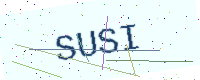
Text: SUSI